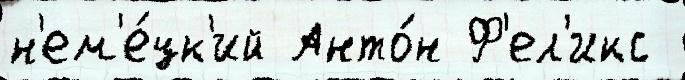
н'ем'е́цк'ий Анто́н Ф'ел'икс